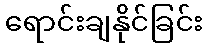
ရောင်းချနိုင်ခြင်း